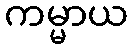
ကမ္မာယ